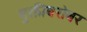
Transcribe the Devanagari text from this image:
मुक्तीबरोबर